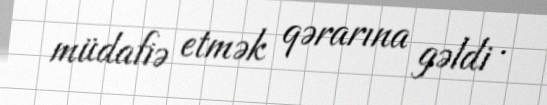
müdafiə etmək qərarına gəldi .